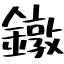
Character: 鐓